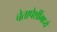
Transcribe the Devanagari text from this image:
चेतापेशींमध्ये